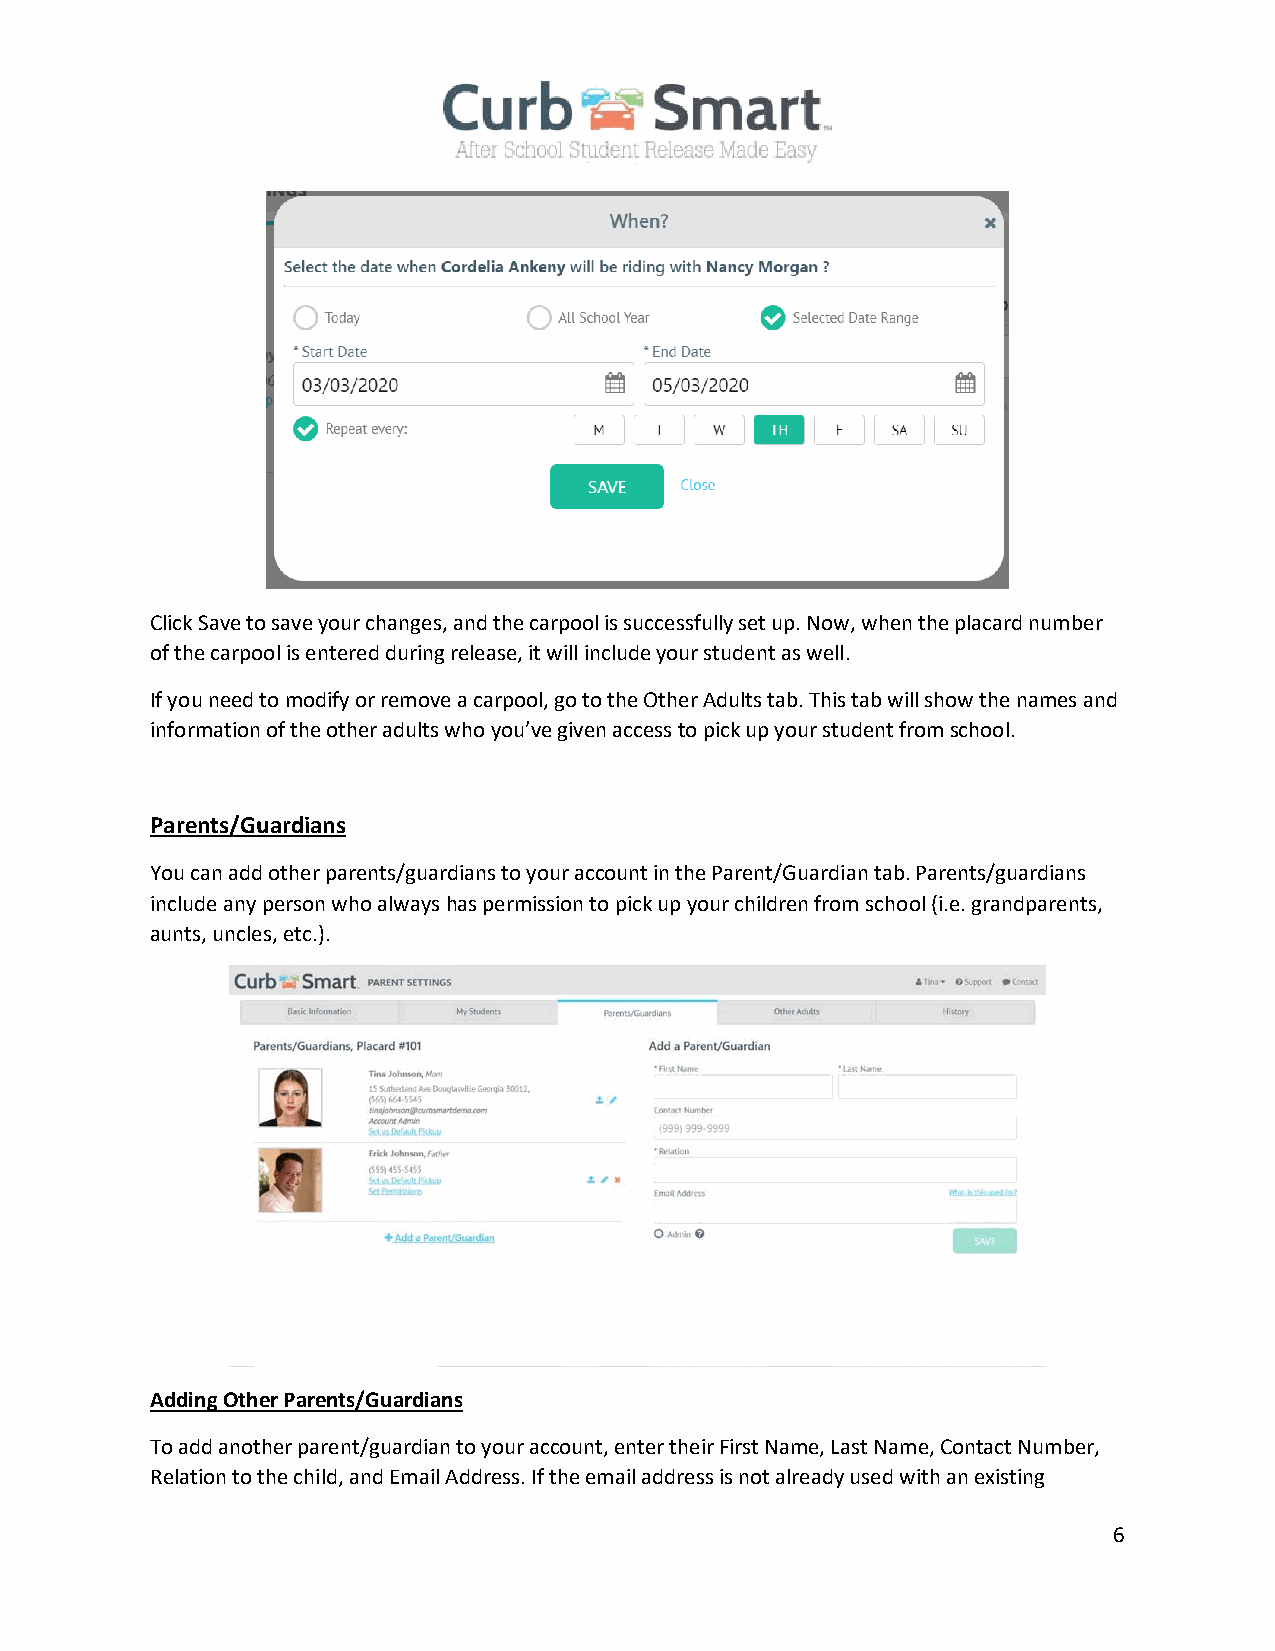
Click Save to save your changes, and the carpool is successfully set up. Now, when the placard number
 of the carpool is entered during release, it will include your student as well.
 If you need to modify or remove a carpool, go to the Other Adults tab. This tab will show the names and
 information of the other adults who you’ve given access to pick up your student from school.
 Parents/Guardians
 You can add other parents/guardians to your account in the Parent/Guardian tab. Parents/guardians
 include any person who always has permission to pick up your children from school (i.e. grandparents,
 aunts, uncles, etc.).
 Adding Other Parents/Guardians
 To add another parent/guardian to your account, enter their First Name, Last Name, Contact Number,
 Relation to the child, and Email Address. If the email address is not already used with an existing
 6